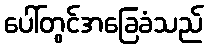
ပေါ်တွင်အခြေခံသည်